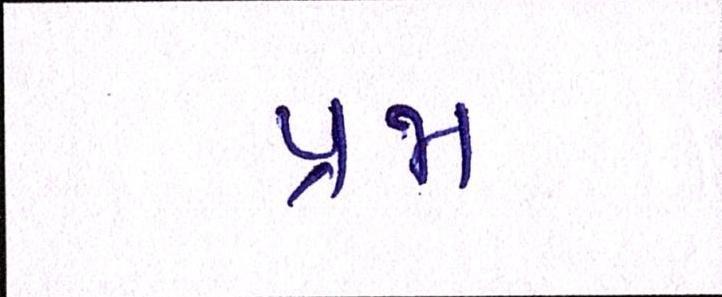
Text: પ્રજા